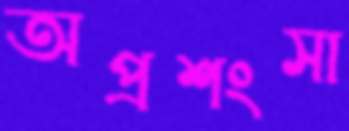
অপ্রশংসা